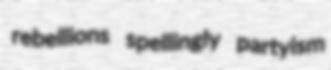
rebellions spellingly partyism